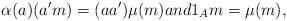
LaTeX: \begin{align*}\alpha(a)(a'm)=(aa')\mu(m) and 1_Am=\mu(m), \end{align*}